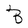
Character: B